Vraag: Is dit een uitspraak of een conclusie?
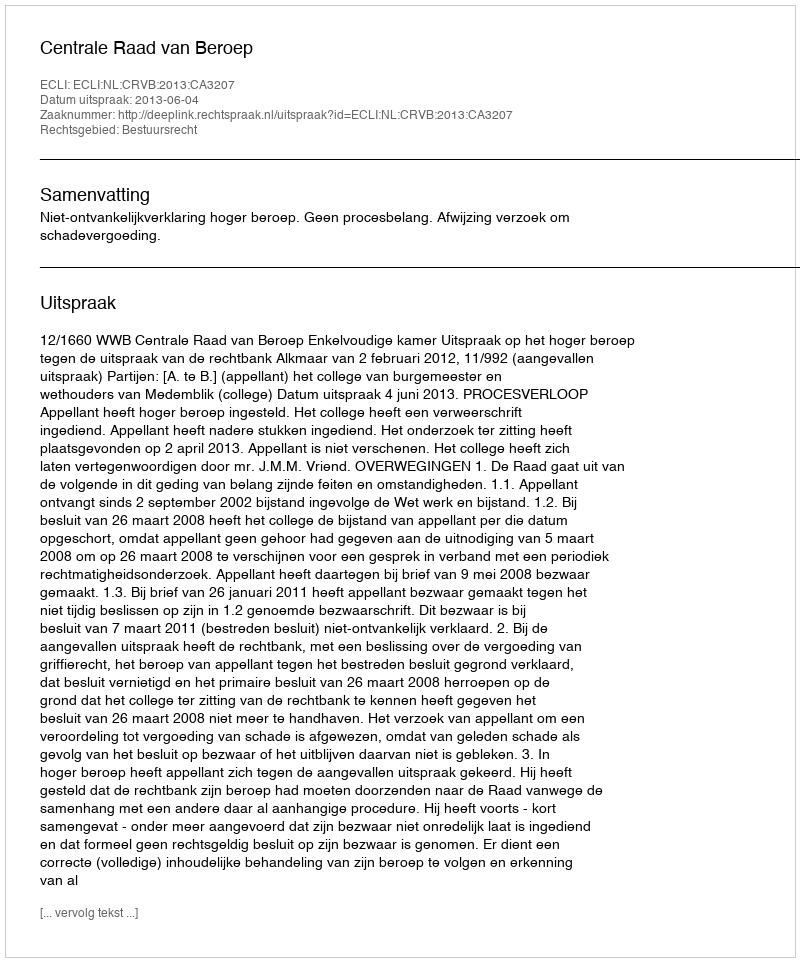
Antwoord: Uitspraak